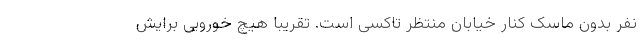
نفر بدون ماسک کنار خیابان منتظر تاکسی است. تقریبا هیچ خورویی برایش